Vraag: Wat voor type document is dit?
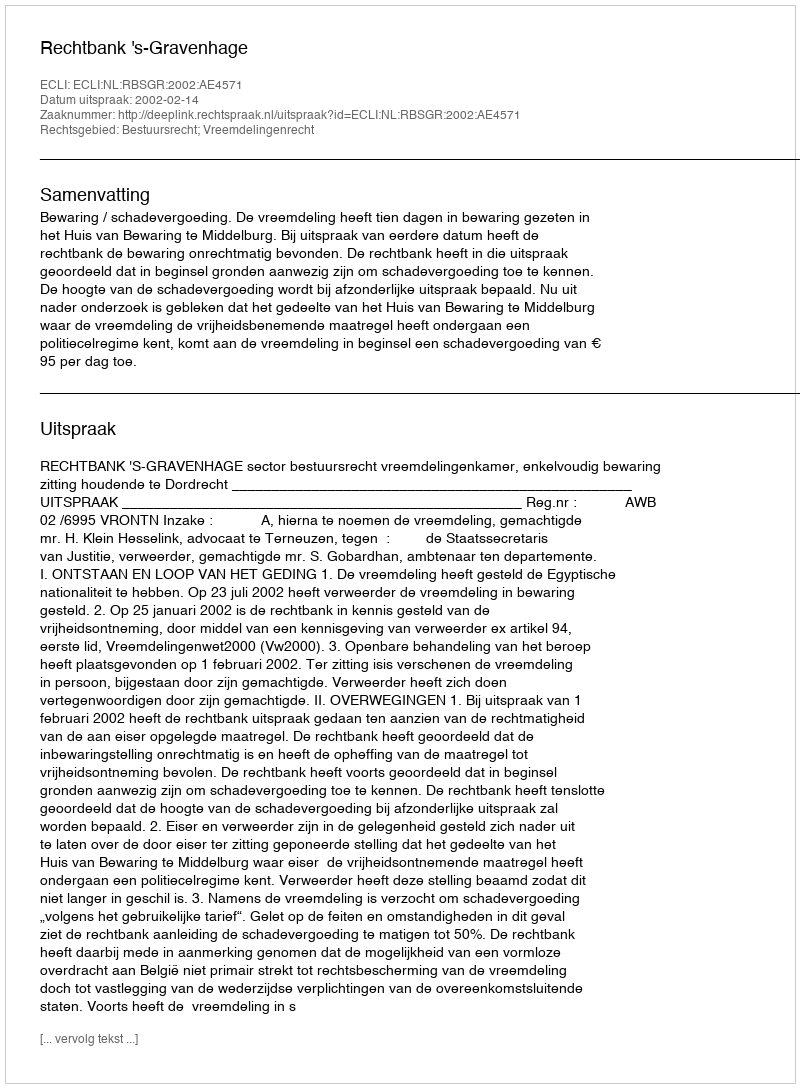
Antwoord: Uitspraak